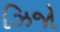
ઝિજો